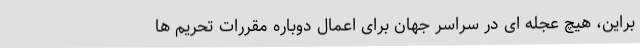
براین، هیچ عجله ای در سراسر جهان برای اعمال دوباره مقررات تحریم ها